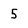
Character: 5